Calcutta medical institutions reports 1892-1900
Year: 1892
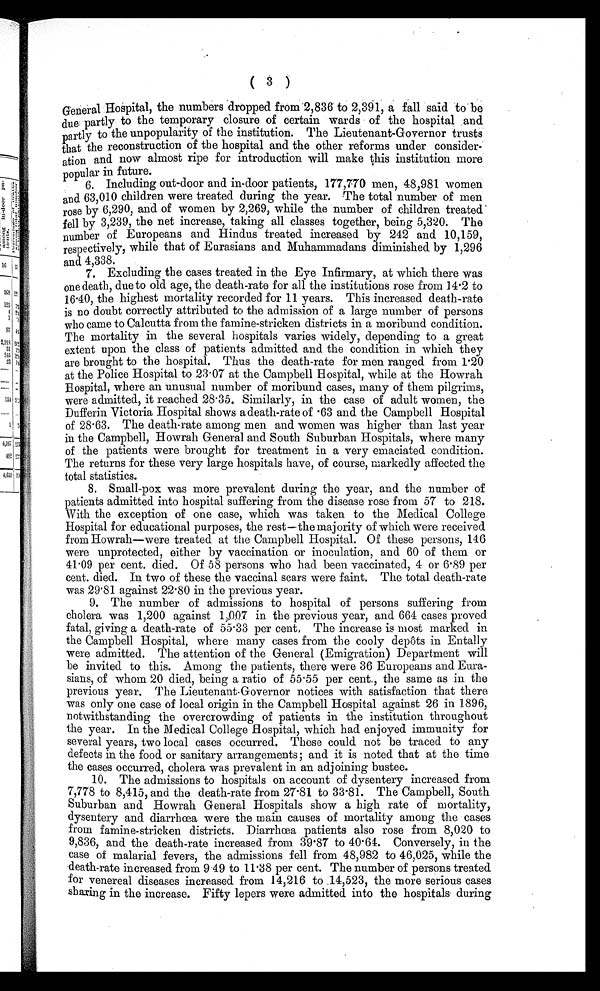
( 3 )
General Hospital, the numbers dropped from 2,836 to 2,391, a fall said tobe
due partly to the temporary closure of certain wards of the hospital and
partly to the unpopularity of the institution. The Lieutenant-
Governor trusts
that the reconstruction of the hospital and the other reforms under consider-
ation and now almost ripe for introduction will make this institution more
popular in future.
6. Including out-door and in-door patients, 177,770 men, 48,981 women
and 63,010 children were treated during the year. The total number of men
rose by 6,290, and of women by 2,269, while the number of children treated
fell by 3,239, the net increase, taking all classes together, being 5,320. The
number of Europeans and Hindus treated increased by 242 and 10,159,
respectively, while that of Eurasians and Muhammadans diminished by 1,296
and 4,338.
7. Excluding the cases treated in the Eye Infirmary, at which there was
one death, due to old age, the death-rate for all the institutions rose from 1 4.2 to
16.40, the highest mortality recorded for 11 years. This increased death-rate
is no doubt correctly attributed to the admission of a large number of persons
who came to Calcutta from the famine-stricken districts in a moribund condition.
The mortality in the several hospitals varies widely, depending to a great
extent upon the class of patients admitted and the condition in which they
are brought to the hospital. Thus the death-rate for men ranged from 1.20
at the Police Hospital to 23.07 at the Campbell Hospital, while at the Howrah
Hospital, where an unusual number of moribund cases, many of them pilgrims,
were admitted, it reached 28.35. Similarly, in the case of adult women, the
Dufferin Victoria Hospital shows a death-rate of .63 and the Campbell Hospital
of 28.63. The death-rate among men and women was higher than last year
in the Campbell, Howrah General and South Suburban Hospitals, where many
of the patients were brought for treatment in a very emaciated condition.
The returns for these very large hospitals have, of course, markedly affected the
total statistics.
8. Small-pox was more prevalent during the year, and the number of
patients admitted into hospital suffering from the disease rose from 57 to 218.
With the exception of one case, which was taken to the Medical College
Hospital for educational purposes, the rest—the majority of which were received
from Howrah—were treated at the Campbell Hospital. Of these persons, 146
were unprotected, either by vaccination or inoculation, and 60 of them or
41.09 per cent. died. Of 58 persons who had been vaccinated, 4 or 6.89 per
cent. died. In two of these the vaccinal scars were faint. The total death-rate
was 29.81 against 22.80 in the previous year.
9. The number of admissions to hospital of persons suffering from
cholera was 1,200 against 1,007 in the previous year, and 664 cases proved.
fatal, giving a death-rate of 55.33 per cent. The increase is most marked in
the Campbell Hospital, where many cases from the cooly depôts in Entally
were admitted. The attention of the General (Emigration) Department will
be invited to this. Among the patients, there were 36 Europeans and Eura-
sians, of whom 20 died, being a ratio of 55.55 per cent., the same as in the
previous year. The Lieutenant-Governor notices with satisfaction that there
was only one case of local origin in the Campbell Hospital against 26 in 1896,
notwithstanding the overcrowding of patients in the institution throughout
the year. In the Medical College Hospital, which had enjoyed immunity for
several years, two local cases occurred. These could not be traced to any
defects in the food or sanitary arrangements; and it is noted that at the time
the cases occurred, cholera was prevalent in an adjoining bustee.
10. The admissions to hospitals on account of dysentery increased from
7,778 to 8,415, and the death-rate from 27.81 to 33.81. The Campbell, South
Suburban and Howrah General Hospitals show a high rate of mortality,
dysentery and diarrhæa were the main causes of mortality among the cases
from famine-stricken districts. Diarrhoea patients also rose from 8,020 to
9,836, and the death-rate increased from 39.87 to 40.64. Conversely, in the
case of malarial fevers, the admissions fell from 48,982 to 46,025, while the
deat h-rat e i ncreased from 9. 49 t o 11. 38 per cent . The number of persons t reat ed
for venereal diseases increased from 14,216 to 14,523, the more serious cases
sharing in the increase. Fifty lepers were admitted into the hospitals during